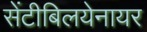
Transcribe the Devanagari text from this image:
सेंटीबिलयेनायर